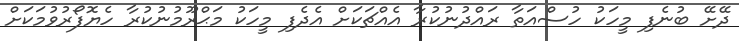
ދޭށޭ ބުނެފި މީހަކު ހުސްއަތާ ރައްދުނުކުރާ އެއްޗަކަށް އެދެފި މީހަކު މަޙްރޫމުނުކުރާ ހެޔޮފޯރުވުމަކަށް